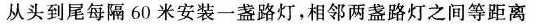
从头到尾每隔60米安装一盏路灯，相邻两盏路灯之间等距离